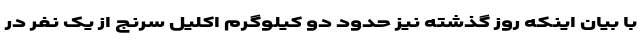
با بیان اینکه روز گذشته نیز حدود دو کیلوگرم اکلیل سرنج از یک نفر در